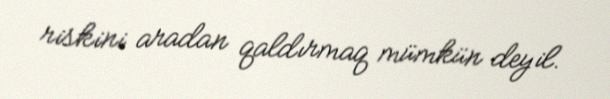
riskini aradan qaldırmaq mümkün deyil.